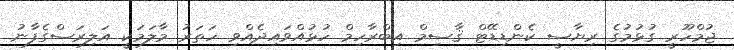
ޖުމްހޫރީ ގުޅުމުގެ ރިޔާސީ ކެންޑިޑޭޓް ޤާސިމް އިބްރާހިމް ހުޅުއްވައިދެއްވި ހަތަރު މާލަމަކީ އަލިރަސްގެފާނު